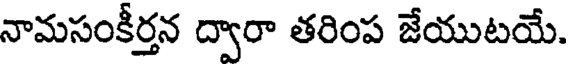
నామసంకీర్తన ద్వారా తరింప జేయుటయే.